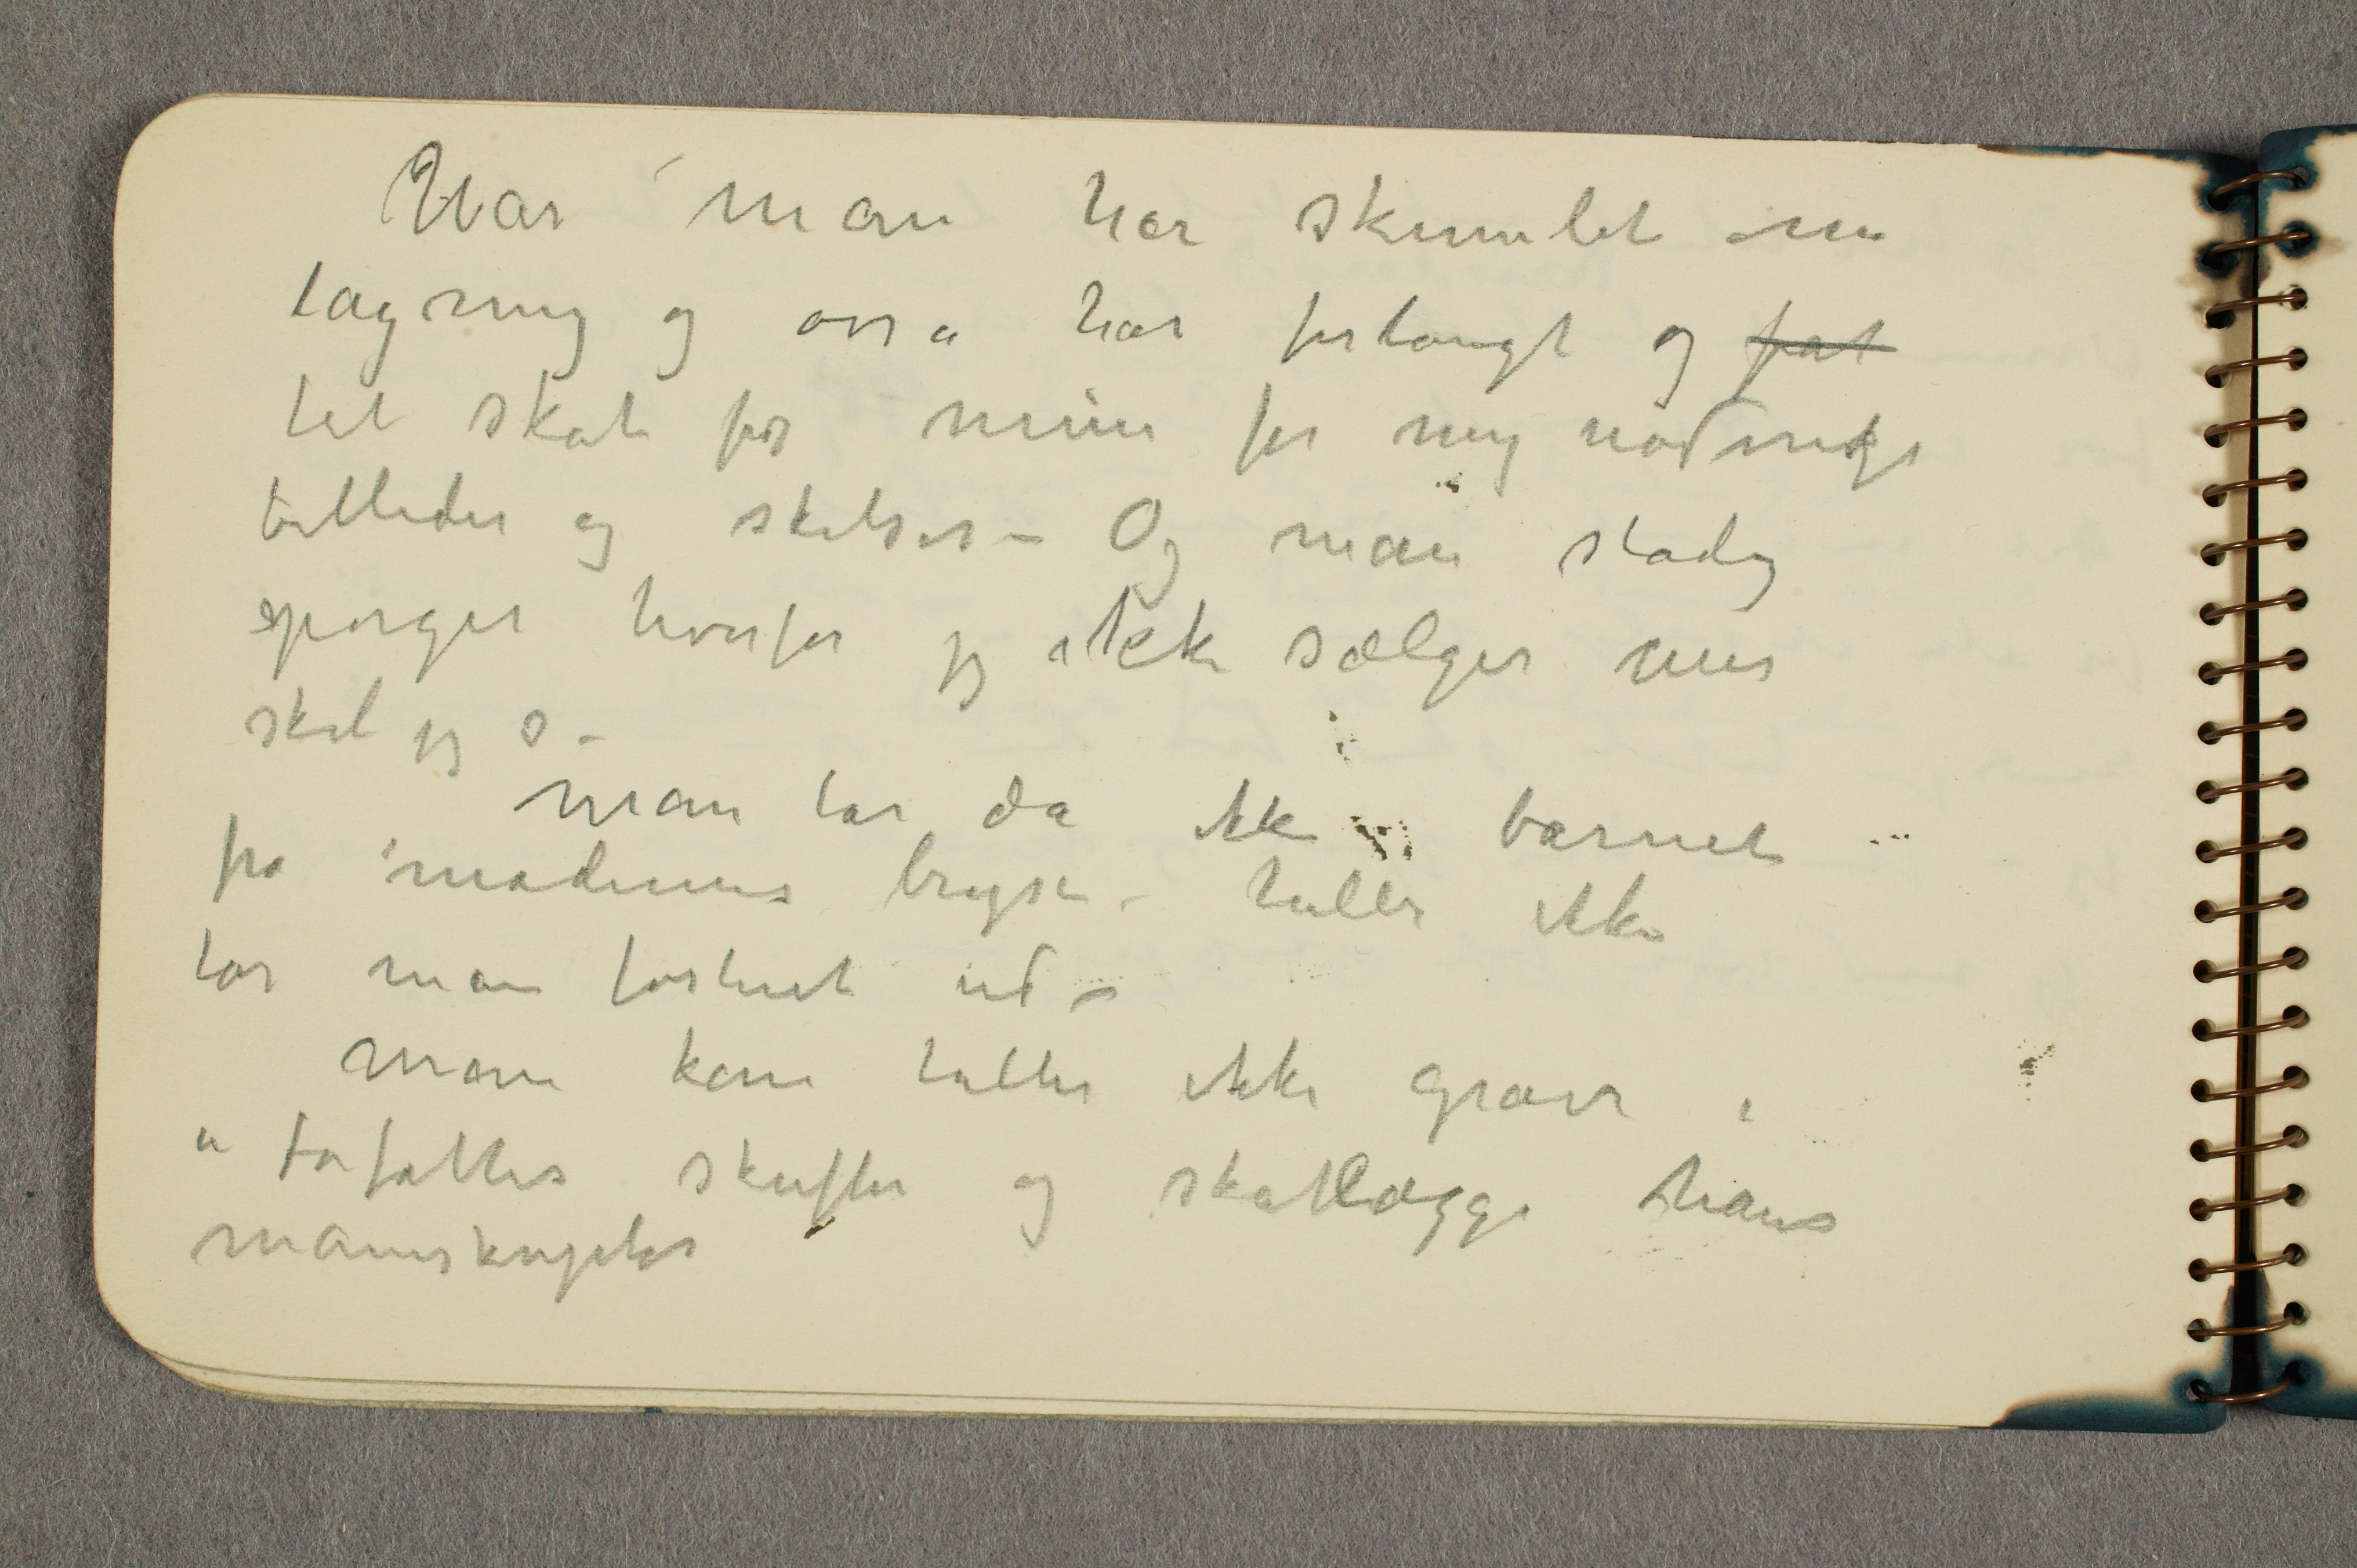
Når man har skumlet om
lagring og osså har forlangt og fåt
tat skat for mine for mig nødvendge
billeder og skitser – Og man stadig
spørger hvorfor jeg ikke sælger mer
skal jeg si
Man tar da ikke barnet
fra moderens bryst – heller ikke
tar man fosteret ud –
Man kan heller ikke grave i
en forfatters skuffer og skattlægge hans
manuskripter